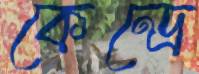
কেন্দ্রে